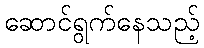
ဆောင်ရွက်နေသည့်